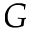
G